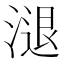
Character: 𣻇